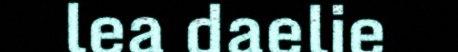
lea daelie